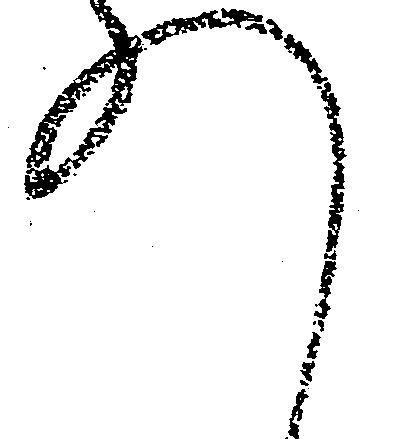
れ